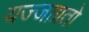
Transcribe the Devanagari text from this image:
यज्जाग्रतो